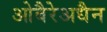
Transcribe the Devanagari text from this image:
ओबैरेअधैन